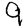
Digit: 9